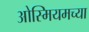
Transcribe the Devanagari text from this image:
ओस्मियमच्या